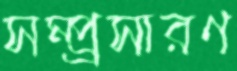
সম্প্র্রসারণ